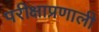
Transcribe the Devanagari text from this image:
परीक्षाप्रणाली